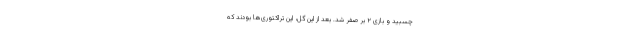
چسبید و بازی ۲ بر صفر شد. بعد از این گل، این تراکتوری‌ها بودند که